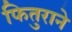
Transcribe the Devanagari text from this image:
फितुराने